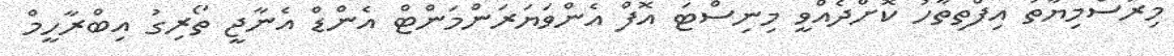
މިރަސްމިޔާތު އިފްތިތާހު ކޮށްދެއްވީ މިނިސްޓަ އޮފް އެންވަޔަރަންމަންޓް އެންޑް އެނާޖީ ތޯރިގު އިބްރާހީމް